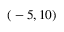
( \phantom { \, \! } - 5 , 1 0 )